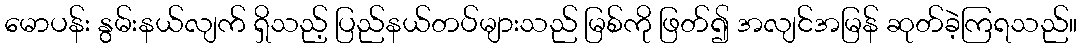
မောပန်း နွမ်းနယ်လျက် ရှိသည့် ပြည်နယ်တပ်များသည် မြစ်ကို ဖြတ်၍ အလျင်အမြန် ဆုတ်ခဲ့ကြရသည်။